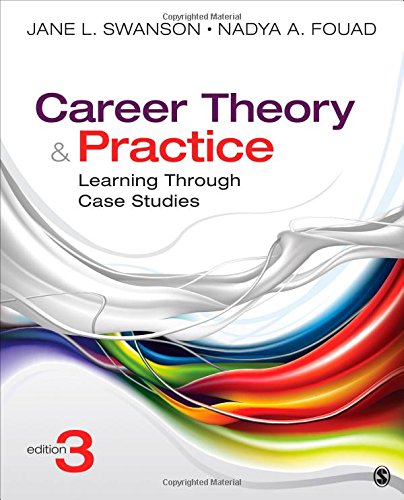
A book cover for Career Theory and Practice: Learning Through Case Studies; Jane L. (Laurel) Swanson; Medical Books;